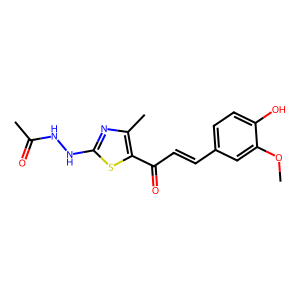
SMILES: COc1cc(C=CC(=O)c2sc(NNC(C)=O)nc2C)ccc1O
Inhibits HIV replication: No